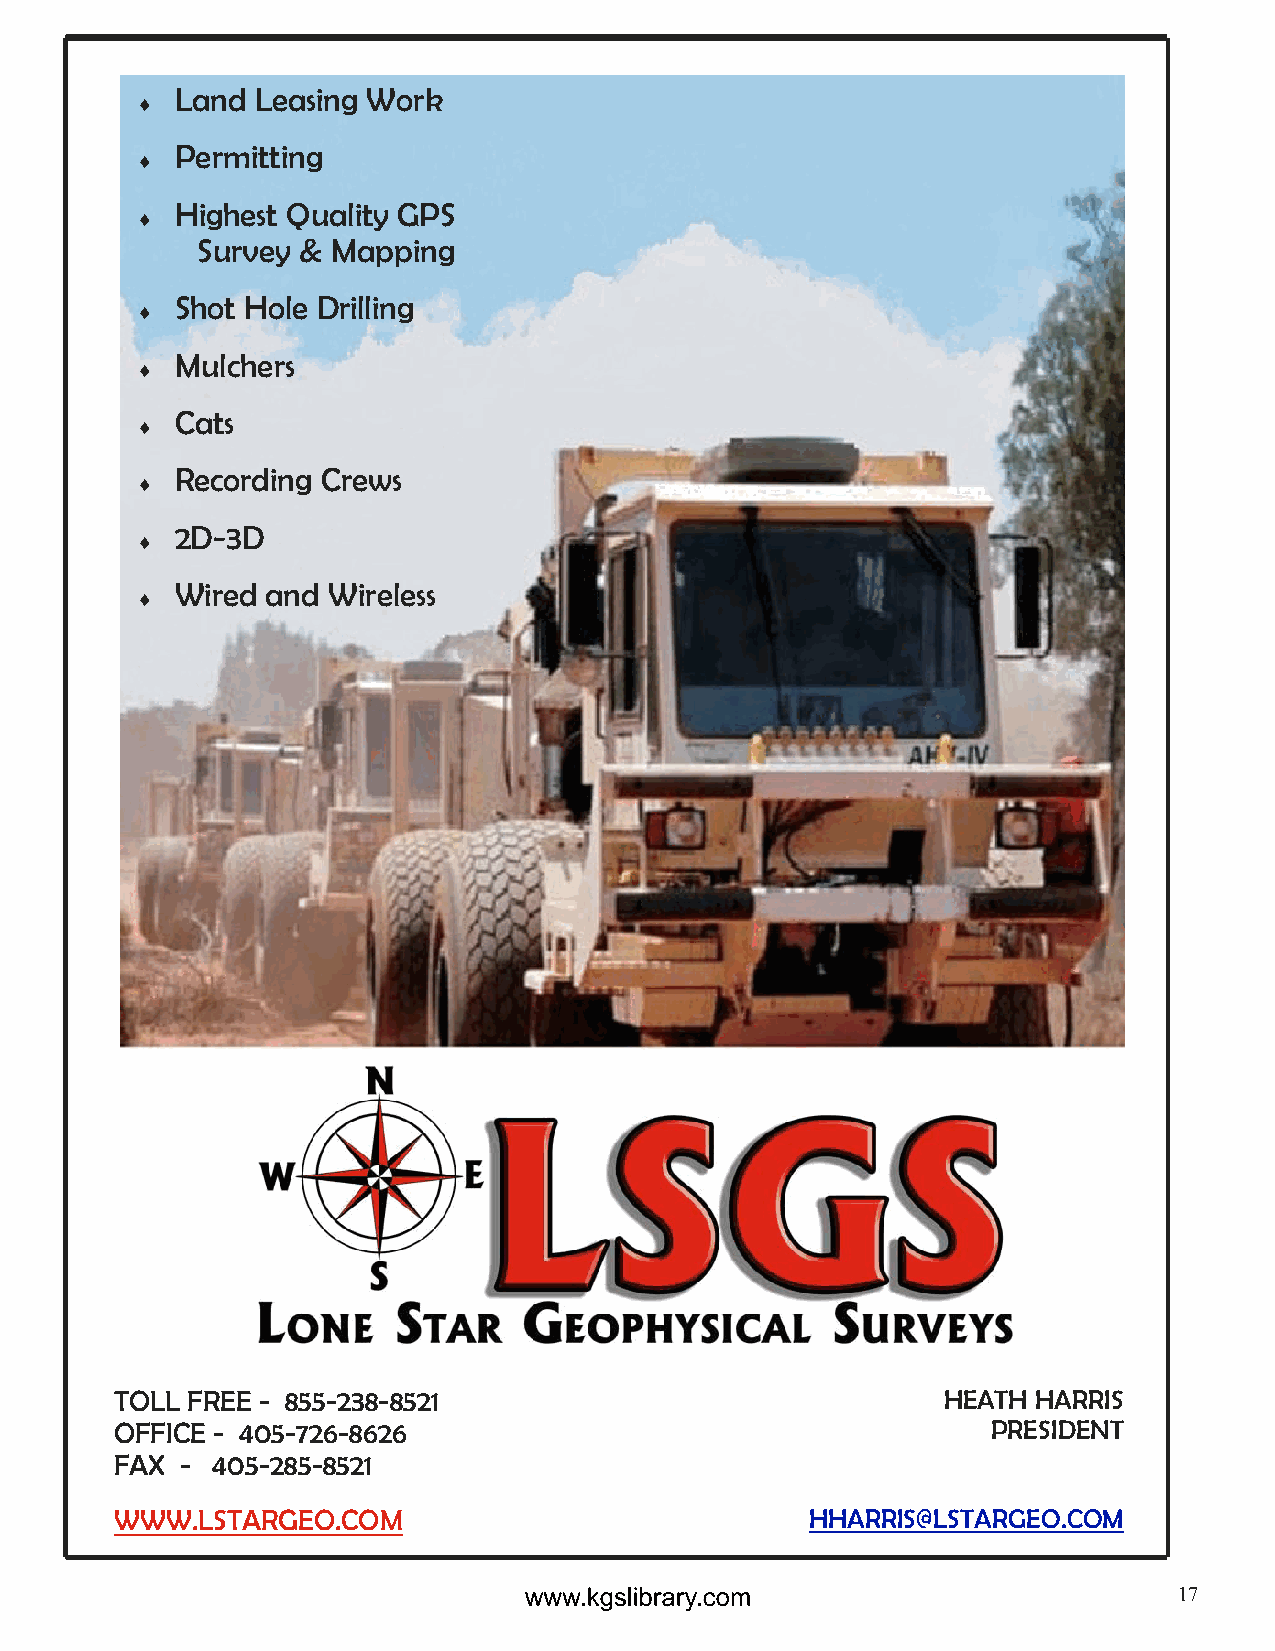
Land Leasing Work
 ♦
 Permitting
 ♦
 Highest Quality GPS
 ♦
 Survey & Mapping
 Shot Hole Drilling
 ♦
 Mulchers
 ♦
 Cats
 ♦
 Recording Crews
 ♦
 2D-3D
 ♦
 Wired and Wireless
 ♦
 TOLL FREE - 855-238-8521                              HEATH  HARRIS
 OFFICE - 405-726-8626                                     PRESIDENT
 FAX - 405-285-8521
 WWW.LSTARGEO.COM                              HHARRIS@LSTARGEO.COM
 17